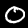
Digit: 0